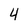
Character: 4